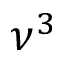
\nu ^ { 3 }